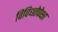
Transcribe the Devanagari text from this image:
विविधतेपेक्षा